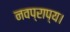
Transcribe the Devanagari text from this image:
नवप्राप्य।